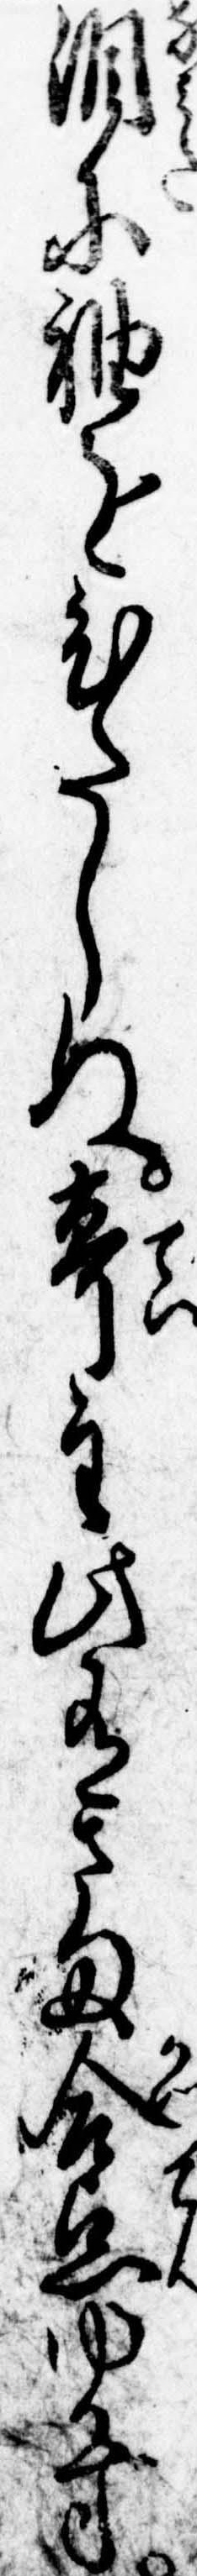
涙に袖をひたしぬ亭主此有さま合点ゆかず